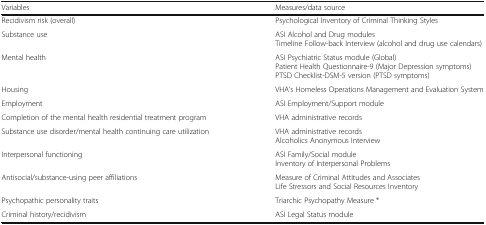
| Variables | Measures/data source |
 | --- | --- |
 | Recidivism risk (overall) | Psychological Inventory of Criminal Thinking Styles |
 | Substance use | ASI Alcohol and Drug modulesTimeline Follow-back Interview (alcohol and drug use calendars) |
 | Mental health | ASI Psychiatric Status module (Global)Patient Health Questionnaire-9 (Major Depression symptoms)PTSD Checklist-DSM-5 version (PTSD symptoms) |
 | Housing | VHA’s Homeless Operations Management and Evaluation System |
 | Employment | ASI Employment/Support module |
 | Completion of the mental health residential treatment program | VHA administrative records |
 | Substance use disorder/mental health continuing care utilization | VHA administrative recordsAlcoholics Anonymous Interview |
 | Interpersonal functioning | ASI Family/Social moduleInventory of Interpersonal Problems |
 | Antisocial/substance-using peer affiliations | Measure of Criminal Attitudes and AssociatesLife Stressors and Social Resources Inventory |
 | Psychopathic personality traits | Triarchic Psychopathy Measure * |
 | Criminal history/recidivism | ASI Legal Status module |